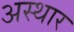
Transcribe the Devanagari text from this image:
अस्थार